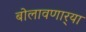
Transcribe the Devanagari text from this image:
बोलावणार्‍या